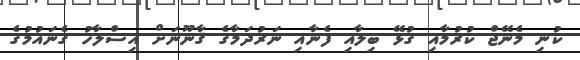
ކުނި މެނޭޖް ކުރުމާއި ގުޅޭ ބިލާއި ފެނާއި ނަރުދަމާގެ ޤާނޫނަށް އިސްލާހު ގެނައުމުގެ